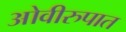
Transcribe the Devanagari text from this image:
ओवीरुपात